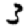
Digit: 3